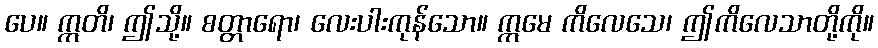
ပေ။ ဣတိ၊ ဤသို့။ စတ္တာရော၊ လေးပါးကုန်သော။ ဣမေ ကိလေသေ၊ ဤကိလေသာတို့ကို။